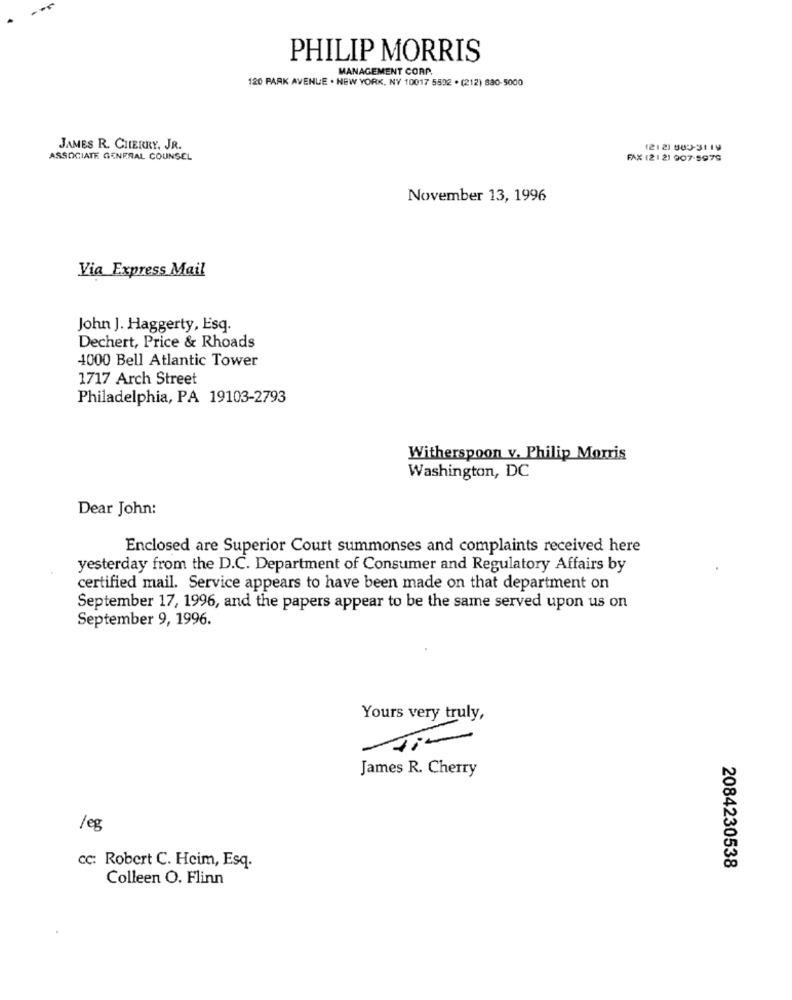
PHILIP MORRIS
MANAGEMENT CORP
120 PARK AVENUE . NEW YORK, NY 10017 5592 . (212) 880-5000
JAMES R. CHERRY, JR.
(212) 505-31 19
ASSOCIATE GENERAL COUNSEL
FAX (21 2) 907-5979
November 13, 1996
Via Express Mail
John J. Haggerty, Esq.
Dechert, Price & Rhoads
4000 Bell Atlantic Tower
1717 Arch Street
Philadelphia, PA 19103-2793
Witherspoon v. Philip Morris
Washington, DC
Dear John:
Enclosed are Superior Court summonses and complaints received here
yesterday from the D.C. Department of Consumer and Regulatory Affairs by
certified mail. Service appears to have been made on that department on
September 17, 1996, and the papers appear to be the same served upon us on
September 9, 1996.
Yours very truly,
James R. Cherry
/ez
cc: Robert C. Heim, Esq.
2084230538
Colleen O. Flinn